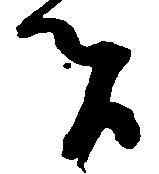
者